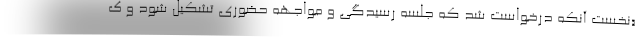
«نخست آنكه درخواست شد كه جلسه رسيدگي و مواجهه حضوري تشكيل شود و ك